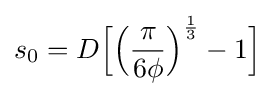
s_{0}=D{\Big [}{\Big (}{\frac {\pi }{6\phi }}{\Big )}^{\frac {1}{3}}-1{\Big ]}